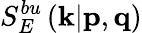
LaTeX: S_{E}^{bu}\left(\textit{\textbf{k}}|\textit{\textbf{p}},\textit{\textbf{q}}\right)